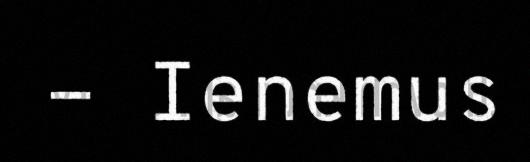
- Ienemus